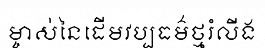
ម្ចាស់នៃដើមវប្បធម៌ថ្មរំលីង